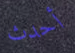
أحدث